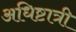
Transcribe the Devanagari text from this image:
अधिष्टात्री